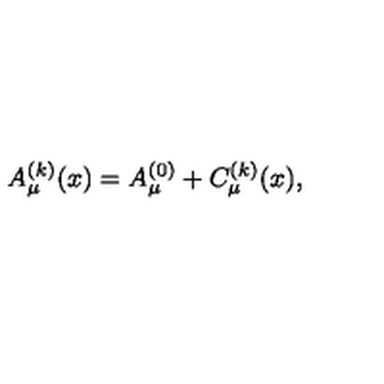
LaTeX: A _ { \mu } ^ { ( k ) } ( x ) = A _ { \mu } ^ { ( 0 ) } + C _ { \mu } ^ { ( k ) } ( x ) ,